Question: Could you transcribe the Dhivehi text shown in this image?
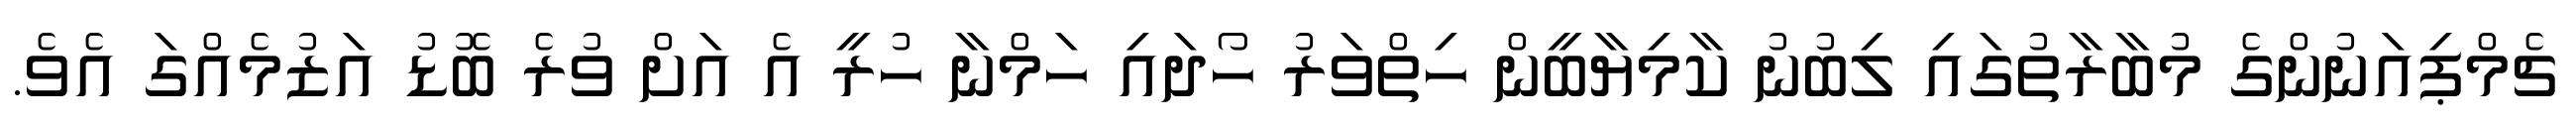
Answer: ޗެމްޕިއަނުންގެ މުބާރާތުގައި ލިބުނު ކާމިޔާބީން ހިތްވަރު ހޯދައި ހަމްނާ ހުރީ އެ އަށް ވުރެ ބޮޑު އަޒުމެއްގަ އެވެ.